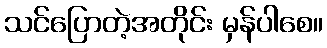
သင်ပြောတဲ့အတိုင်း မှန်ပါစေ။